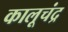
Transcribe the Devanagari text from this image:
कालूचंद्र